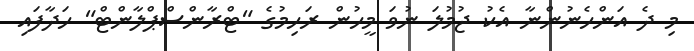
މި ދެ އަންހެނުންނާ އެކު ޖުމުލަ ނުވަ މީހުން ރަހިމުގެ "ޓްރާންސްޕްލާންޓް" ހަދާފައި